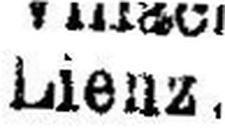
Lienz